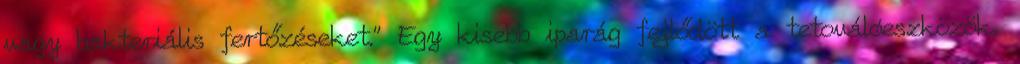
vagy bakteriális fertőzéseket.” Egy kisebb iparág fejlődött a tetoválóeszközök,